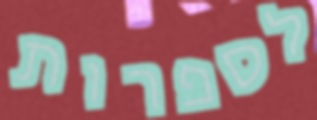
לספרות